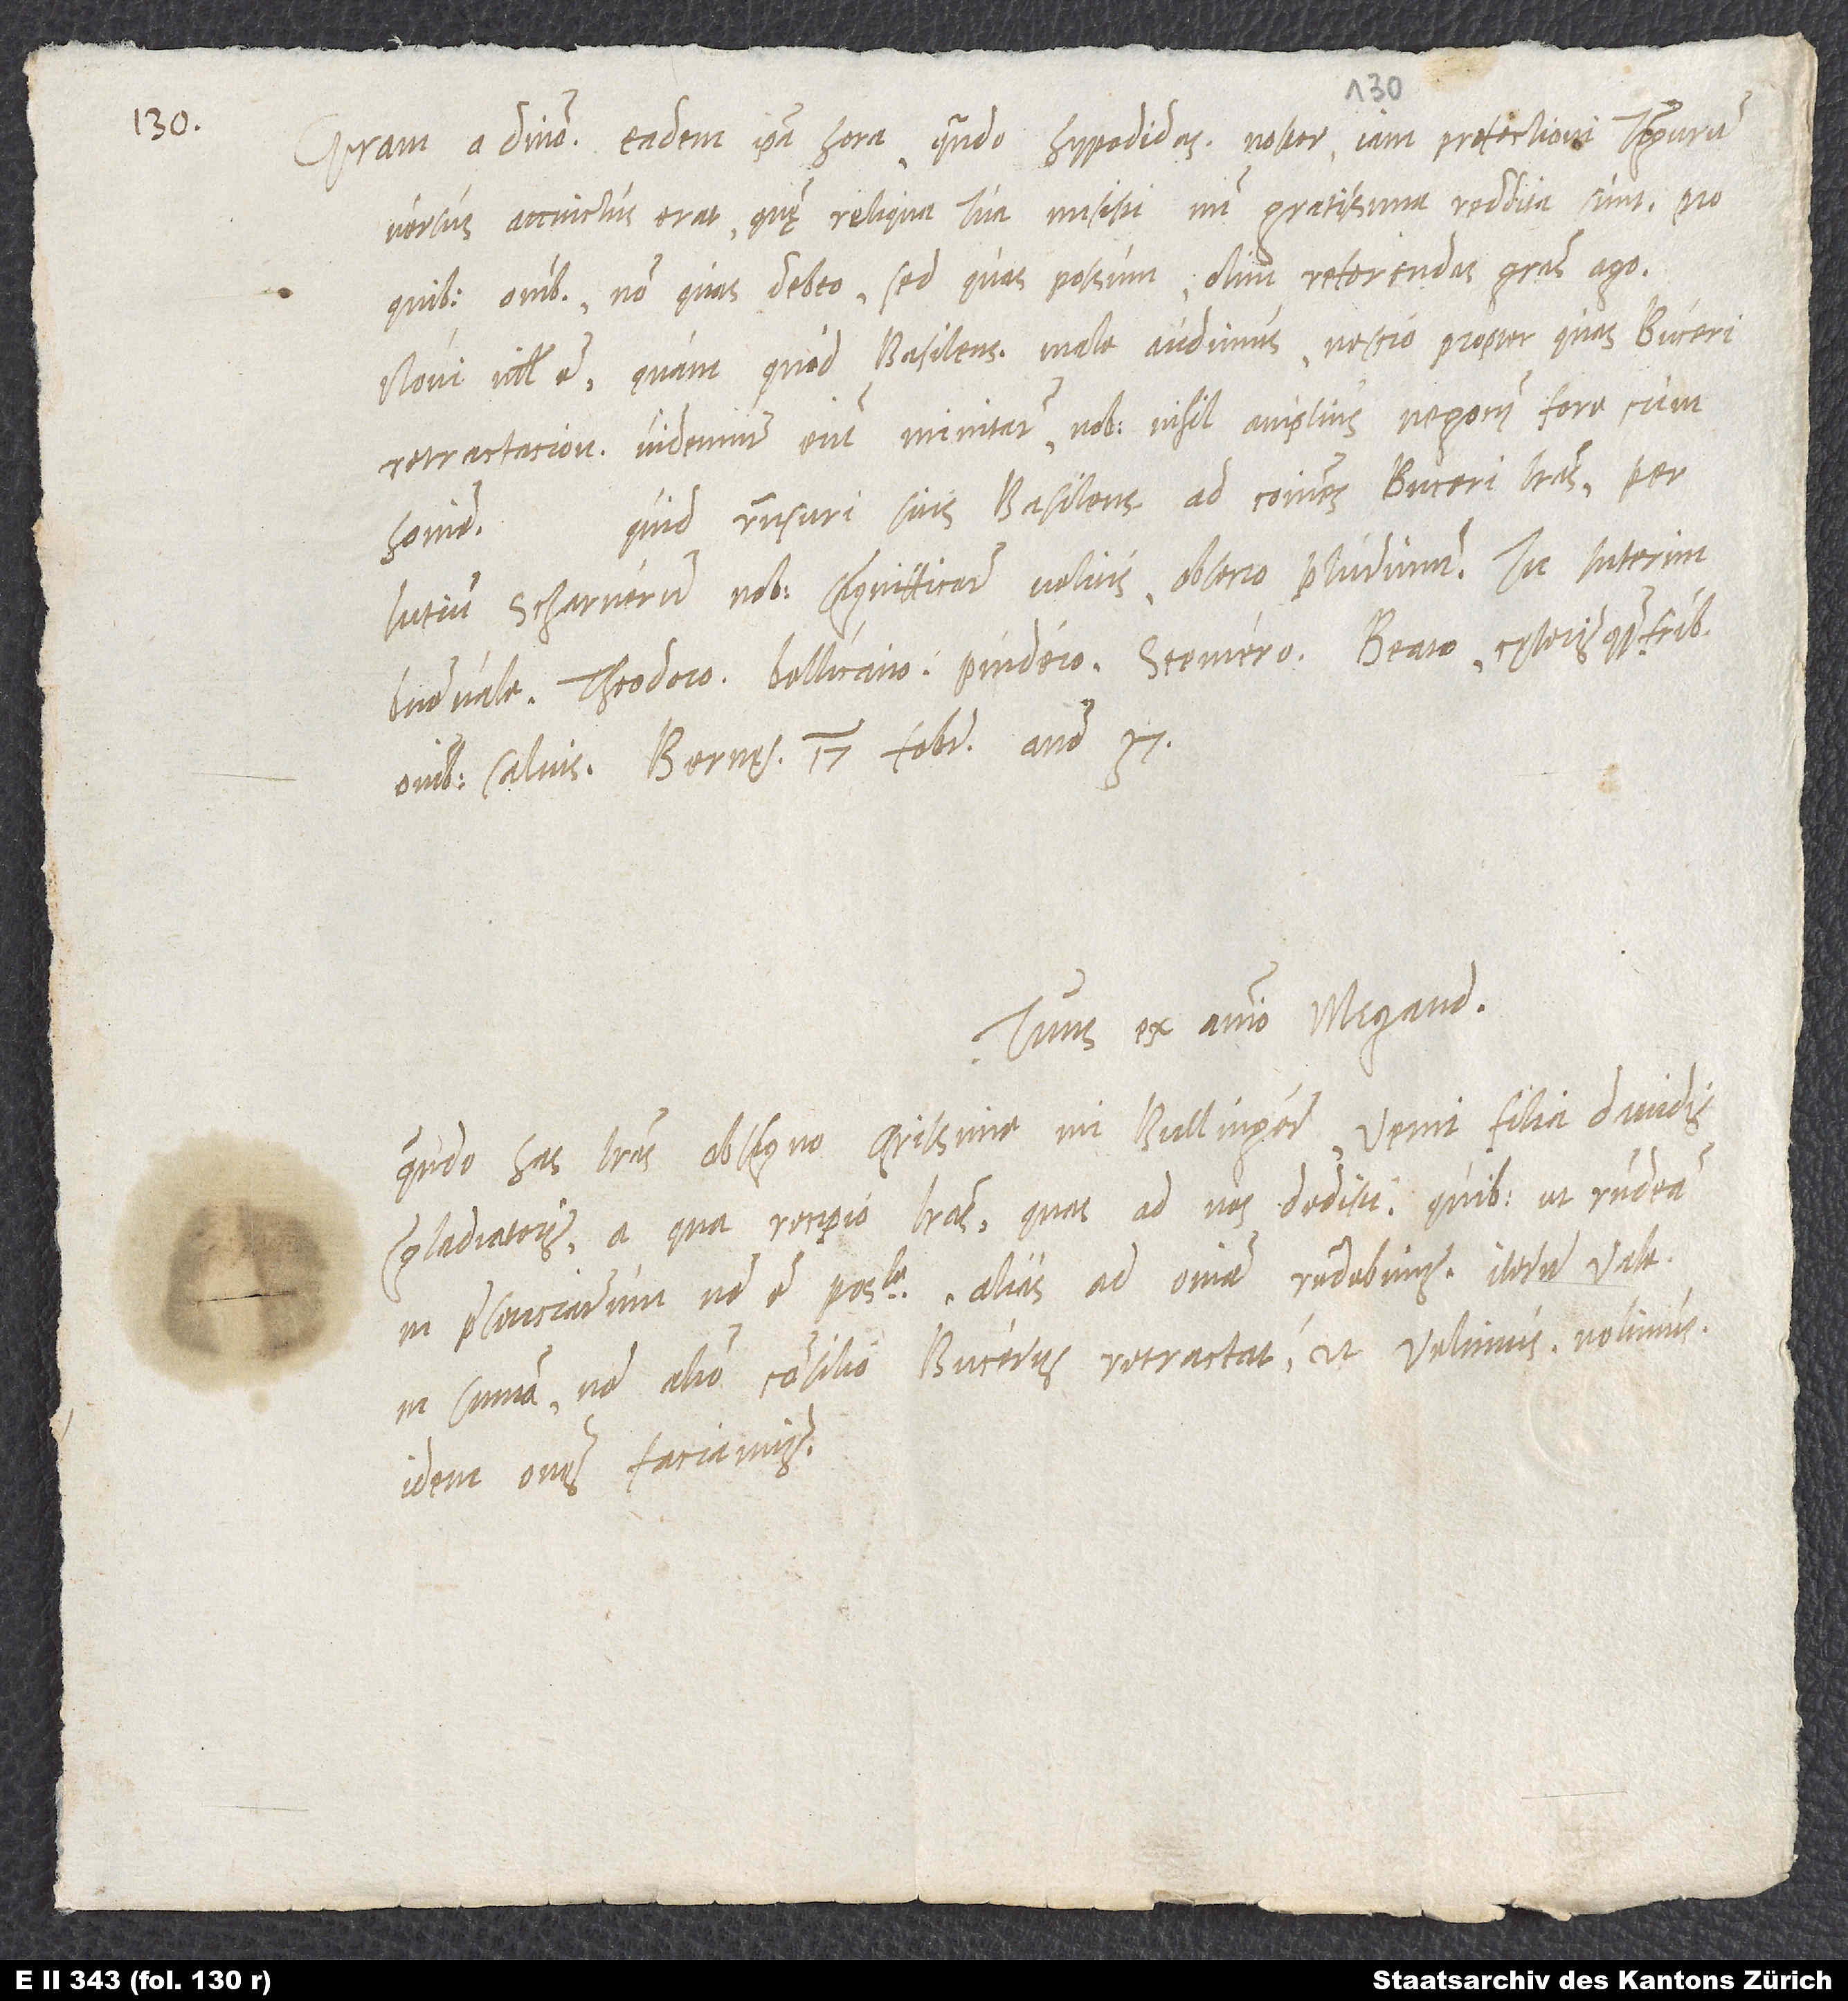
Gratiam a domino. Eadem ipsa hora, quando hypodidascalus noster iam profectioni Tigurum
versus accinctus erat, quę reliqua tua misisti, mihi gratissima reddita sunt. Pro
quibus omnibus non quas debeo, sed quas possum olim referendas gratias ago.
Novi nihil est, quam quod Basilensibus male audimus, nescio propter quas Buceri
Retractaciones; videmur enim minitari nobis nihil amplius negocii fore cum
Quid responsuri sitis Basilensibus ad communes Buceri literas, per
homine.
Lutium Scharnerum nobis signifficare velitis, obsecro plurimum. Tu interim
vale, Theodoro, Bellicano, Pindero, Steinero, Beato cęterisque fratribus
omnibus salvis. Bernę, 17. februarii anno 37.
Tuus ex animo Megand.
Quando has literas obsigno, charissime mi Bullingere, venit filia Davidis
Gladiatoris, a qua recipio literas, quas ad nos dedisti. Quibus ut respondeam,
in praesenciarum non est possibile. Alias ad omnia respondebimus. Iterum vale.
In summa: Non alio consilio Bucerus retractat, ut velimus nolimus
idem omnes faciamus.